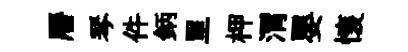
曆琴件鈵里柙渭嬰懷